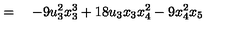
\qquad \qquad = \quad - 9 u _ { 3 } ^ { 2 } x _ { 3 } ^ { 3 } + 1 8 u _ { 3 } x _ { 3 } x _ { 4 } ^ { 2 } - 9 x _ { 4 } ^ { 2 } x _ { 5 }